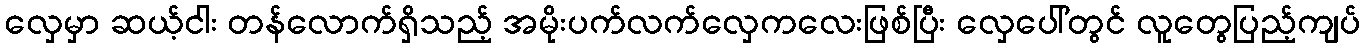
လှေမှာ ဆယ့်ငါး တန်လောက်ရှိသည့် အမိုးပက်လက်လှေကလေးဖြစ်ပြီး လှေပေါ်တွင် လူတွေပြည့်ကျပ်